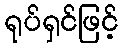
ရုပ်ရှင်ဖြင့်